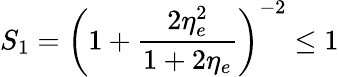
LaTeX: S_{1}=\left(1+\frac{2\eta_{e}^{2}}{1+2\eta_{e}}\right)^{-2}\leq 1